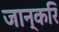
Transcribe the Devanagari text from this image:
जान्करि